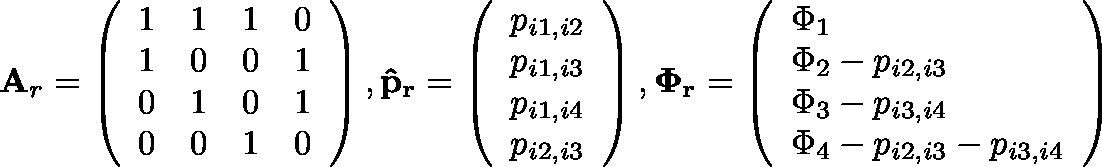
\mathbf { A } _ { r } = \left( \begin{array} { l l l l } { 1 } & { 1 } & { 1 } & { 0 } \\ { 1 } & { 0 } & { 0 } & { 1 } \\ { 0 } & { 1 } & { 0 } & { 1 } \\ { 0 } & { 0 } & { 1 } & { 0 } \end{array} \right) , \mathbf { \hat { p } _ { r } } = \left( \begin{array} { l } { p _ { i 1 , i 2 } } \\ { p _ { i 1 , i 3 } } \\ { p _ { i 1 , i 4 } } \\ { p _ { i 2 , i 3 } } \end{array} \right) , \mathbf { \Phi _ { r } } = \left( \begin{array} { l } { \Phi _ { 1 } } \\ { \Phi _ { 2 } - p _ { i 2 , i 3 } } \\ { \Phi _ { 3 } - p _ { i 3 , i 4 } } \\ { \Phi _ { 4 } - p _ { i 2 , i 3 } - p _ { i 3 , i 4 } } \end{array} \right)